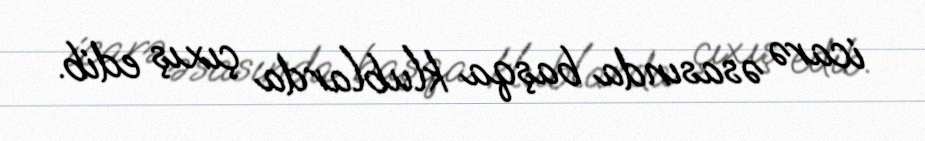
icarə əsasında başqa klublarda çıxış edib.